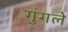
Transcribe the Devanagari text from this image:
गुंगले